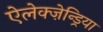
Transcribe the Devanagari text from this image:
ऐलेक्ज़ेन्ड्रिया